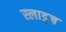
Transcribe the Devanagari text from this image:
स्लाड्ज